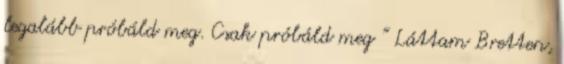
legalább próbáld meg. Csak próbáld meg ” Láttam Bretten,